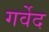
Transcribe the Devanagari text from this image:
गर्वेद